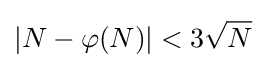
\left\vert N-\varphi (N)\right\vert <3{\sqrt {N}}